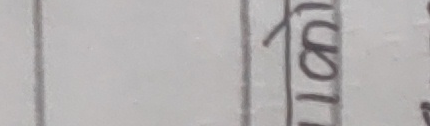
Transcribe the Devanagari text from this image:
लोंका